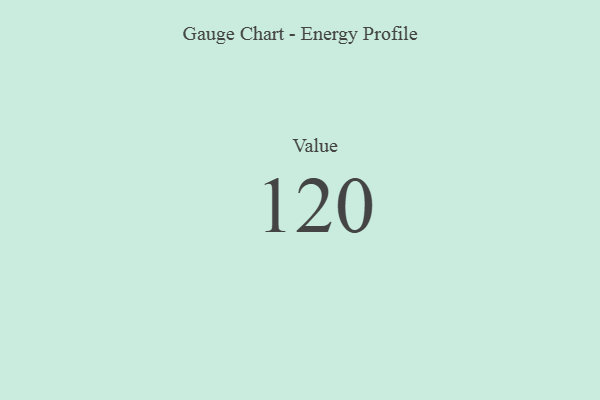
{"axis": {"x": "Metric", "y": "Value"}, "legend": [""], "data": [{"x": "Value", "y": 120, "type": ""}]}